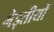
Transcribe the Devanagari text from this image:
मेड़तीयों